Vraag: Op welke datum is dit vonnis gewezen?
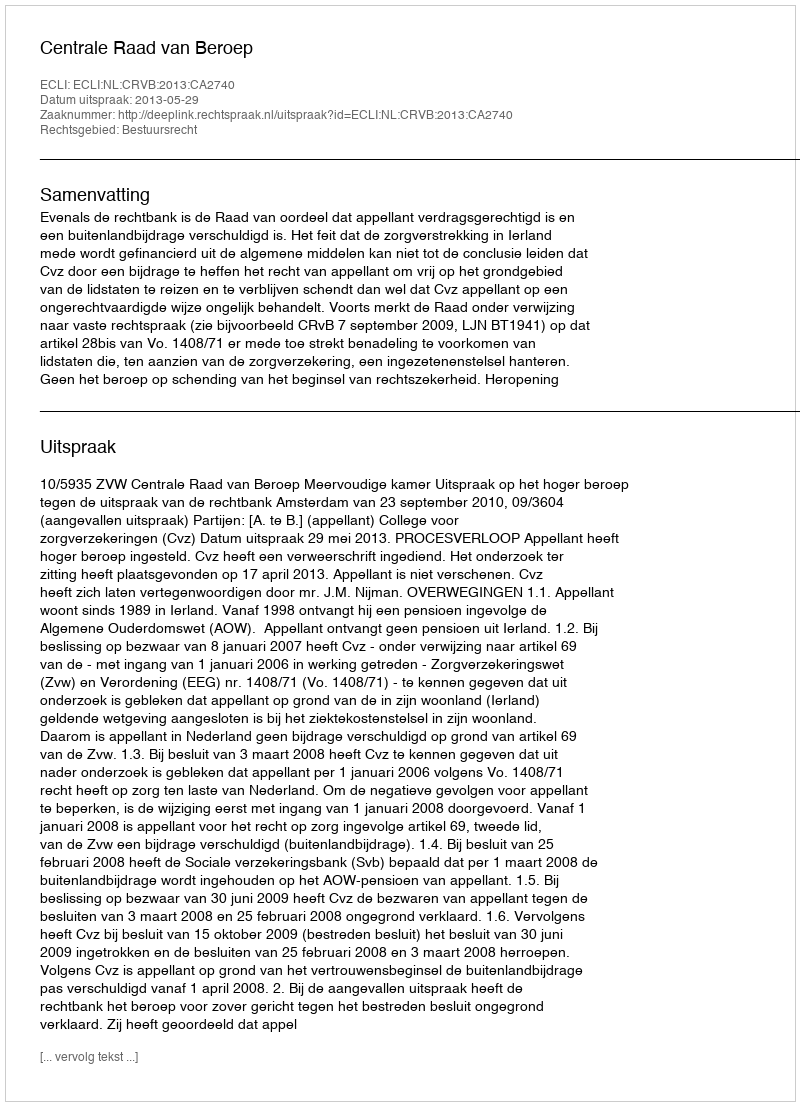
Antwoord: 2013-05-29